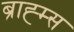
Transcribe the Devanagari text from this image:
ब्राह्म्स